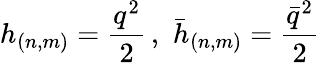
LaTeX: h_{(n,m)}=\frac{q^{2}}{2}\, ,\, \, \bar{h}_{(n,m)}=\frac{\bar{q}^{2}}{2}